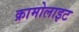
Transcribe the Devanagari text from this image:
क्रामोलाइट